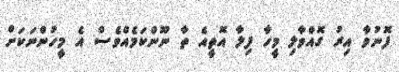
ފޮނުވާ އިރު ގޮއްވާލި މީހާ ފިލާ އޮތީއެ ތާ ނޫންކަމެއްވެސް އެ މީހުންނަކަށް